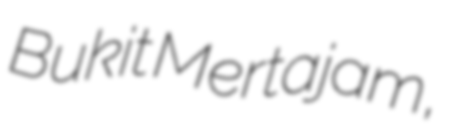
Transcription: Bukit Mertajam,